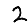
Digit: 2